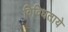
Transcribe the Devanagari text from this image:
विविधताये